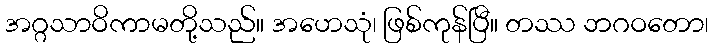
အဂ္ဂသာဝိကာမတို့သည်။ အဟေသုံ၊ ဖြစ်ကုန်ပြီ။ တဿ ဘဂဝတော၊